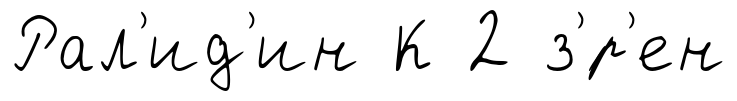
Рал'ид'ин К 2 з'́р'ен